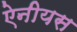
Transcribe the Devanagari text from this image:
ऐनीयस